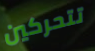
تتحركين